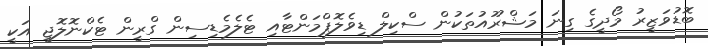
ބޮޑުވަޒީރު މޯދީގެ ގިނަ މަޝްރޫއުތަކުން ސްކިލް ޑިވެލޮޕްމަންޓާއި ޓެލެމެޑިސިން ގްރީން ޓެކްނޮލޮޖީ އަކީ